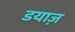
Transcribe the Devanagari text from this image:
डयाज़